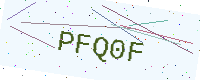
Text: PFQ0F